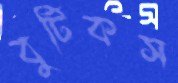
বুটিকস